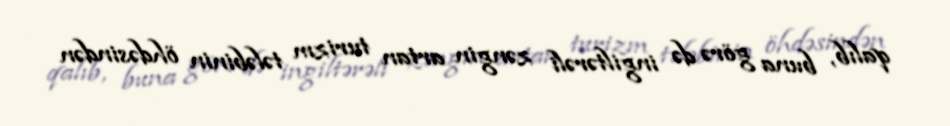
qalıb, buna görə də ingiltərəli zəngin artan turizm tələbinin öhdəsindən